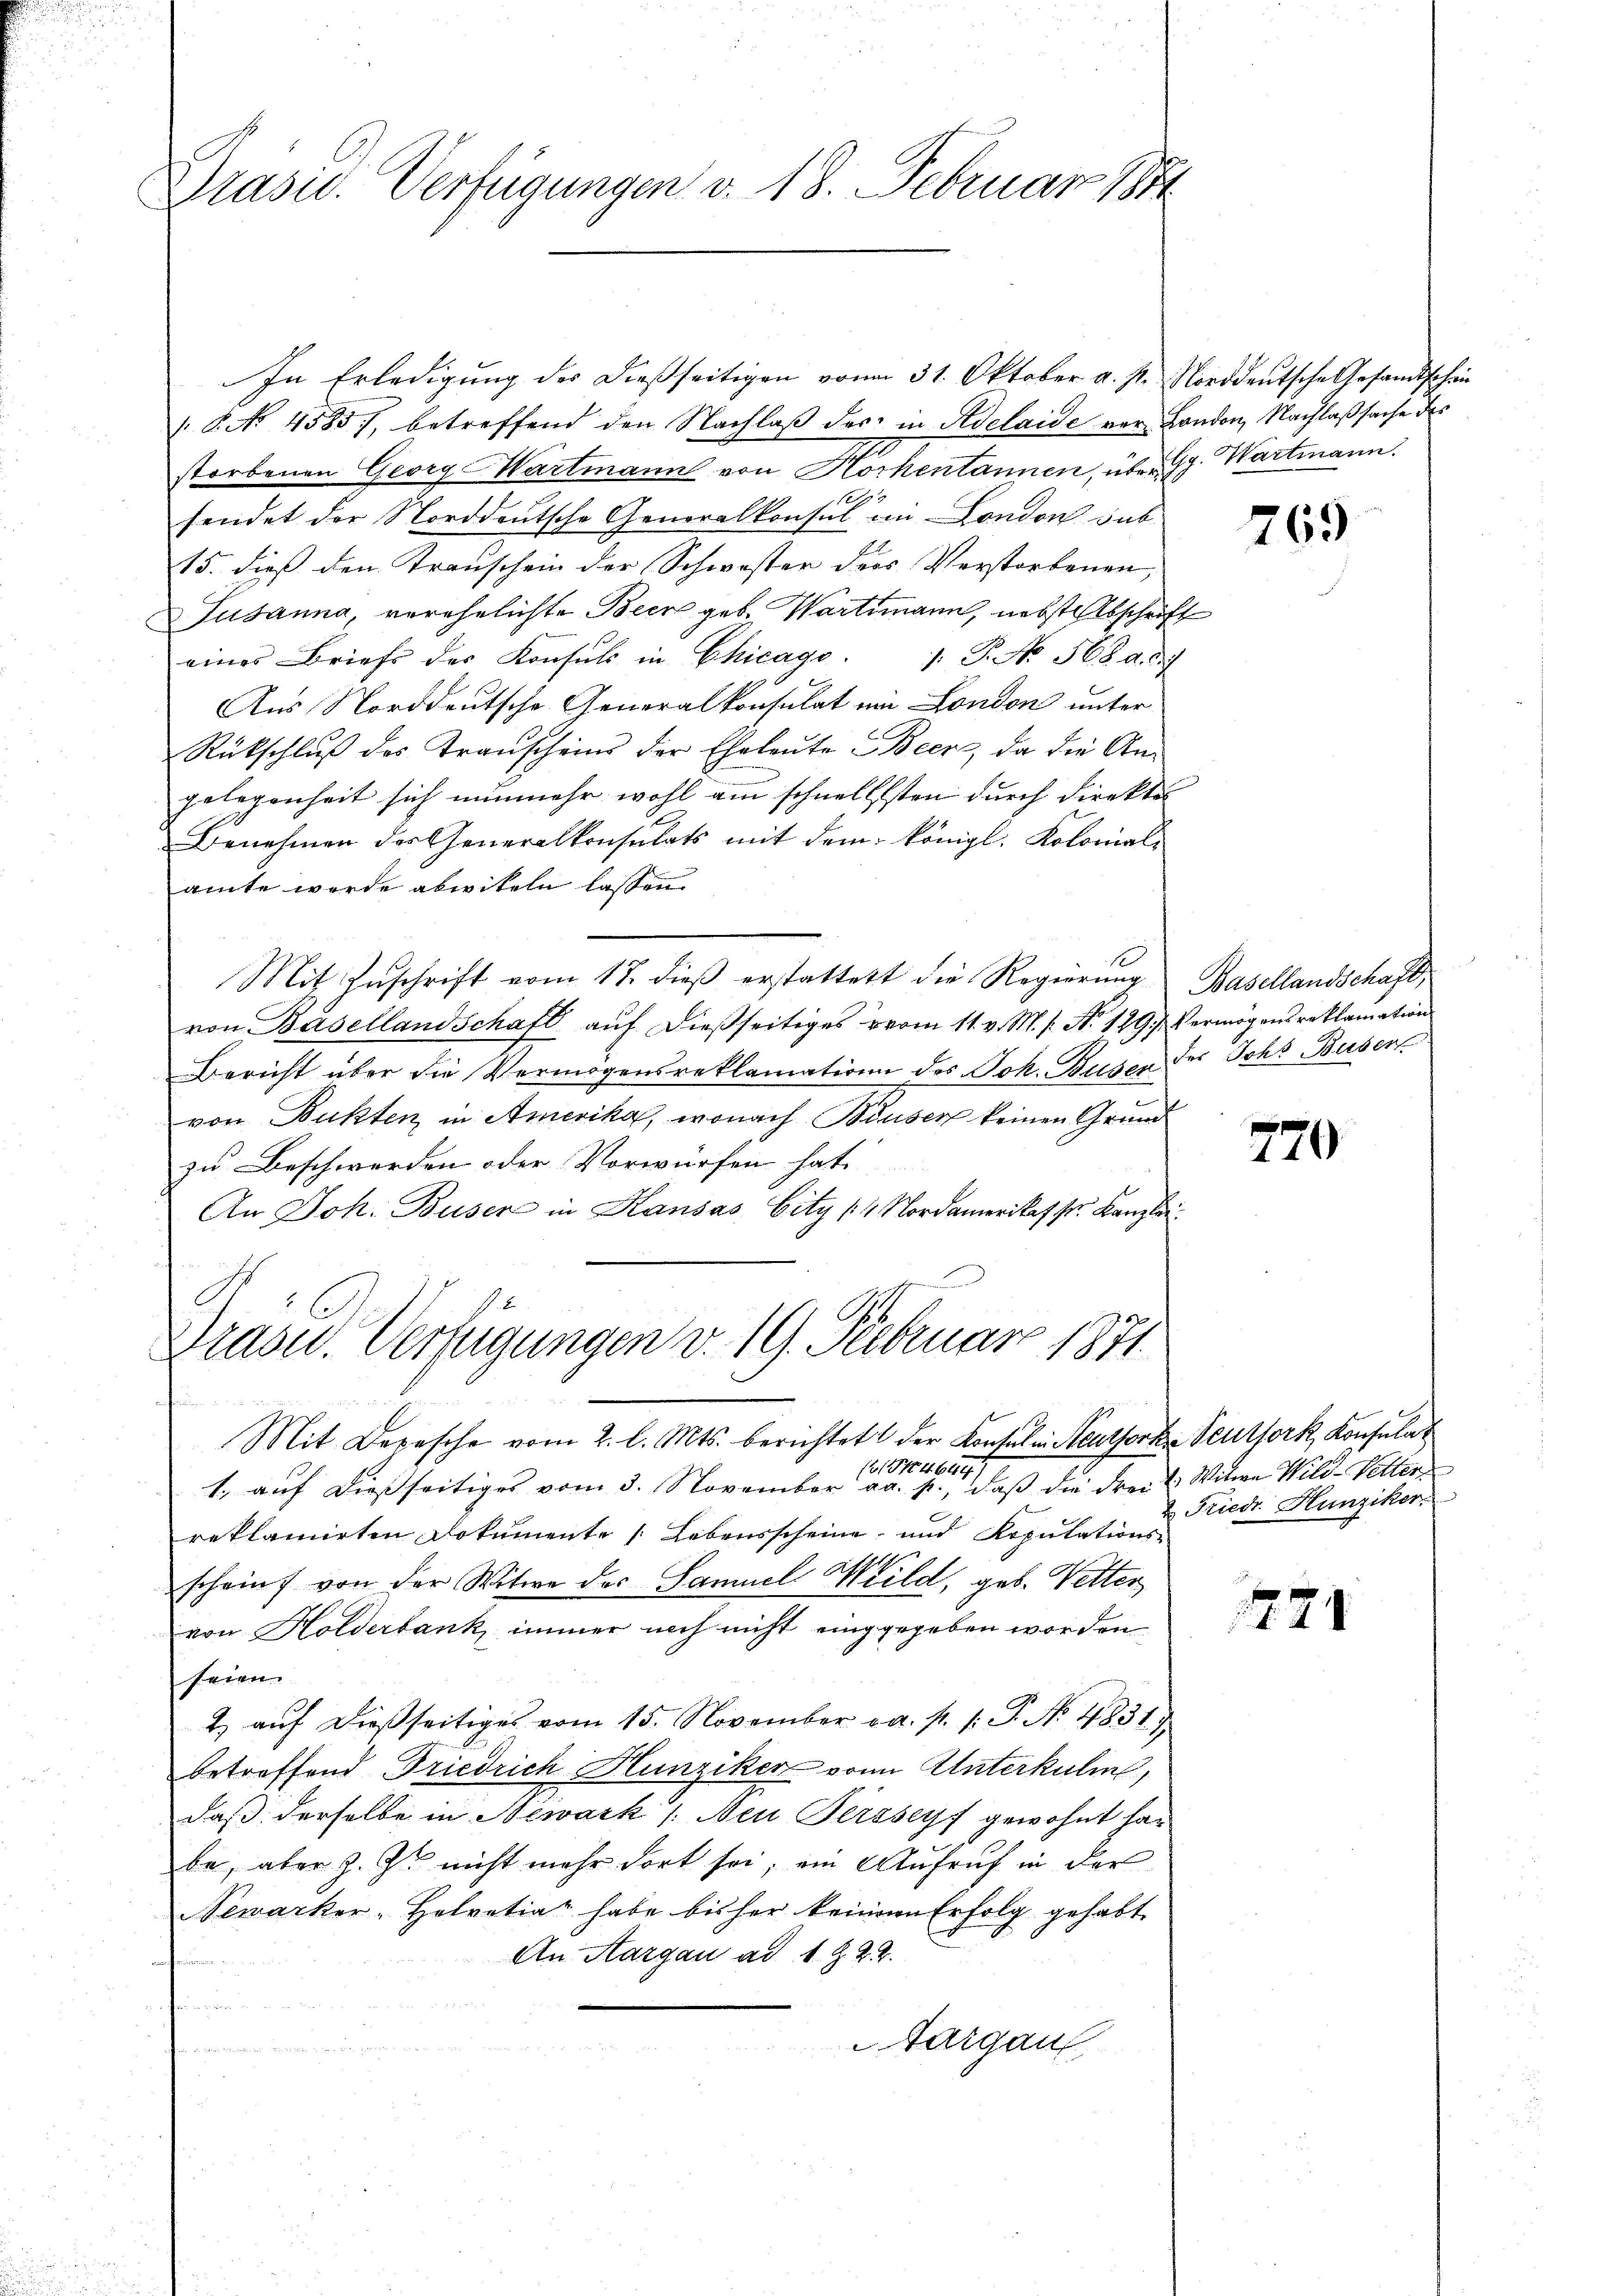
Präsid.. Verfügungen v. 18. Februar 1884

/. 8. No 4585, betreffend den Nachlaβ der in Adelaide vor London, Nachlaßsache des
storbenen Georg Wartmann von Hochentannen, über G. Wartmann.
1
sendet der Norddeutsche Generalkonsul in London sub
15. dieß den Krauschein der Schwister ders Verstorbenen,
Tusanna, verehelichte Beer gebe. Wartmann, nebst Abschrift
eines Briefe des Konsuls in Chicago : P. No. 568 d. d.
Aus Norddeutsche Generalkonsulat ein London unter
Rückschlŭβ des Transcheins der Eheleute Beer, da die Angelegenheit sich nunmehr wohl am schnellisten durch direktes
Benehmen der Generalkonsulats mit dem königl. Kolonial-
amte wurde abwiteln lassen
1
Mit Zuschrift vom 18. dieß erstattet die Regierung Basellandschaft,
von Basellandschaft auf dießseitiges vom 11. v. M. s. No 129. Vermögens reklamation
Bericht über die Vermögensreklamation des Joh. Busen der Johs Buser
von Bukten in Amerika, wonach Bouser keinen Grund
zu Beschwerden oder Vorwürfen hat
An Joh. Buser in Kausas Eity (1 Nordamerikaf fr. Kanzlei

In Erledigung des dießseitigen von 31. Oktober a. s. Norddeutsche Gesandtschein

Drasu. Verfügungen v. 19. Februar 1871.

Mit Depesche vom 2. l. Mts. berichtet der Konsulen Meuthorte Seutfork, Konsulat
(1 No 46447
1. auf dießseitiges vom 3. November a. p., daß die drei & Witwe Wild-Vetter
reklamirten Dokumente 1. Lebensscheine und Reputations-
scheint von der Witwe des Samuel Wild, geb. Vetter
von Holderbank immer noch nicht einggegeben worden
seien.
2. aŭf dießseitiges vom 15. November ca. p. 1. P. No. 4831
betreffend Friedrich Hunziker von Unterkulm,
daß derselbe in Newark /: Neu Persseyf gewohnt ha
be, aber z. Z. nicht mehr dort sei, ein Aufruf in der
Newarker-Helvetiat habe bisher keine Erfolg gehabt
An Aargau ad 1922.
Aargau
n

769

770

Friedr. Hunziker,

224